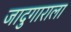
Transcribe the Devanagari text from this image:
जादुगाराला